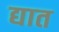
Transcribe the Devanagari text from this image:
द्यात